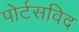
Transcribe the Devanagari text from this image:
पोर्टसविद